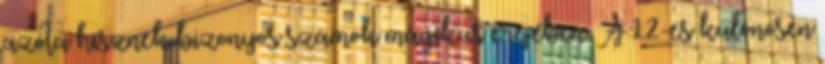
azóta hisznek bizonyos számok mágikus erejében. A 12-es különösen